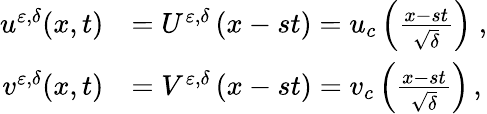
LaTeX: \begin{array}{rl}{u^{\varepsilon,\delta}(x,t)}&{=U^{\varepsilon,\delta}\left(x-st\right)=u_{c}\left(\frac{x-st}{\sqrt{\delta}}\right)\; ,}\\ {v^{\varepsilon,\delta}(x,t)}&{=V^{\varepsilon,\delta}\left(x-st\right)=v_{c}\left(\frac{x-st}{\sqrt{\delta}}\right)\, ,}\end{array}